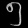
Digit: ၅